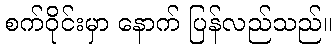
စက်ဝိုင်းမှာ နောက် ပြန်လည်သည်။